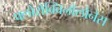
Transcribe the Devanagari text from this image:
फ्लोरोक्विनोलोनेस